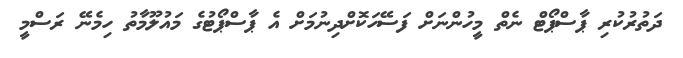
ދަތުރުކުރި ޕާސްޕޯޓް ނެތް މީހުންނަށް ފަސޭހަކޮށްދިނުމަށް އެ ޕާސްޕޯޓުގެ މައުލޫމާތު ހިމެނޭ ރަސްމީ